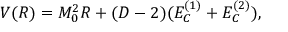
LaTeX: V ( R ) = M _ { 0 } ^ { 2 } R + ( D - 2 ) ( E _ { C } ^ { ( 1 ) } + E _ { C } ^ { ( 2 ) } ) ,